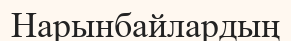
Нарынбайлардың